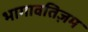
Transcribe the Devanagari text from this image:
भागावतिज़म